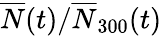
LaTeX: \overline{{N}}(t)/\overline{{N}}_{300}(t)